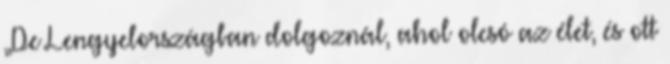
„De Lengyelországban dolgoznál, ahol olcsó az élet, és ott